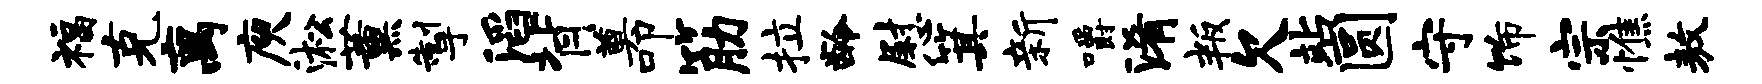
福克离庾淞薰掣滔背奠叩筋拉龄慰箕新嚼淆叛欠站圆守饰宗憔敖